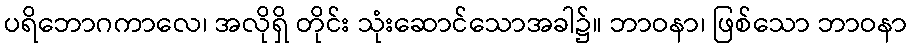
ပရိဘောဂကာလေ၊ အလိုရှိ တိုင်း သုံးဆောင်သောအခါ၌။ ဘာဝနာ၊ ဖြစ်သော ဘာဝနာ